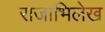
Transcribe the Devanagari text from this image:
राजाभिलेख